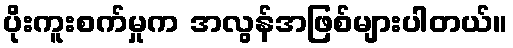
ပိုးကူးစက်မှုက အလွန်အဖြစ်များပါတယ်။